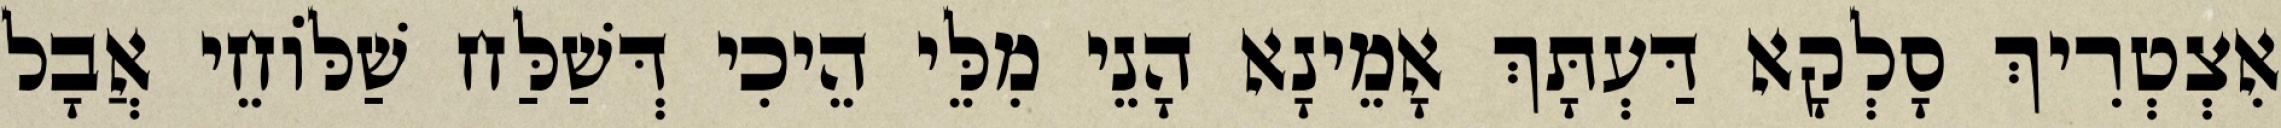
אִצְטְרִיךְ סָלְקָא דַּעְתָּךְ אָמֵינָא הָנֵי מִלֵּי הֵיכִי דְּשַׁלַּח שַׁלּוֹחֵי אֲבָל